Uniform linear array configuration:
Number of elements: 8
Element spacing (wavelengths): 0.25
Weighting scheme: blackman
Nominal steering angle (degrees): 0
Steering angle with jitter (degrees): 0.4218
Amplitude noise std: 0.05
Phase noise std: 0.05

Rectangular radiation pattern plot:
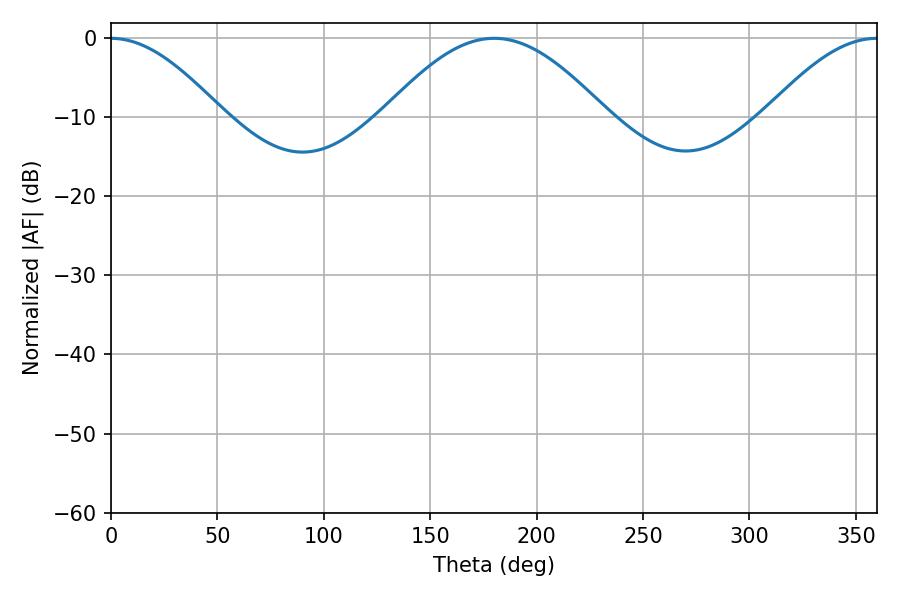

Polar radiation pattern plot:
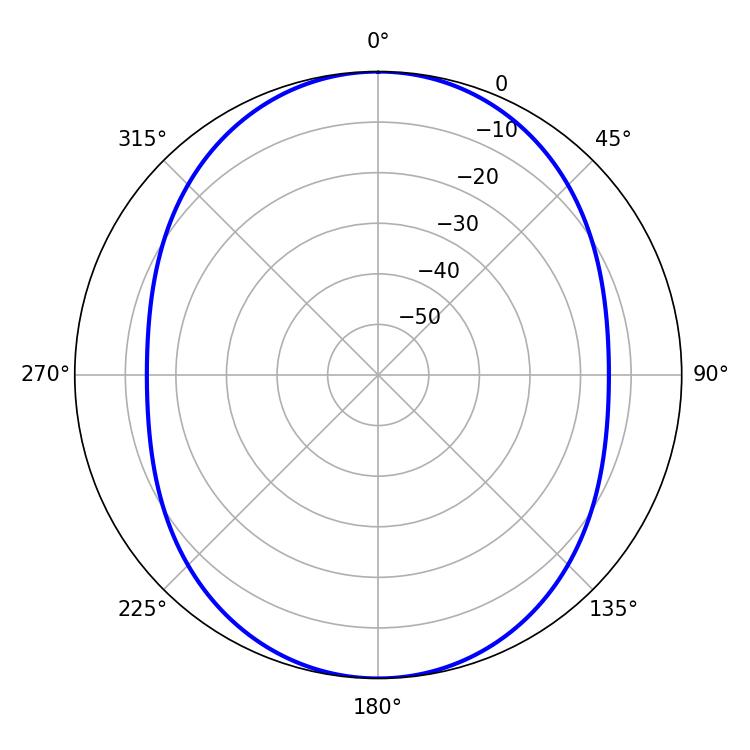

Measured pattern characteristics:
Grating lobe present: FALSE
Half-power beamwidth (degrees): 28.08
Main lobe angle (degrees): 0